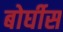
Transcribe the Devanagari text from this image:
बोर्घीस